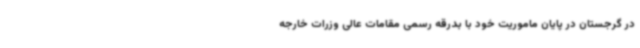
در گرجستان در پایان ماموریت خود با بدرقه رسمی مقامات عالی وزرات خارجه